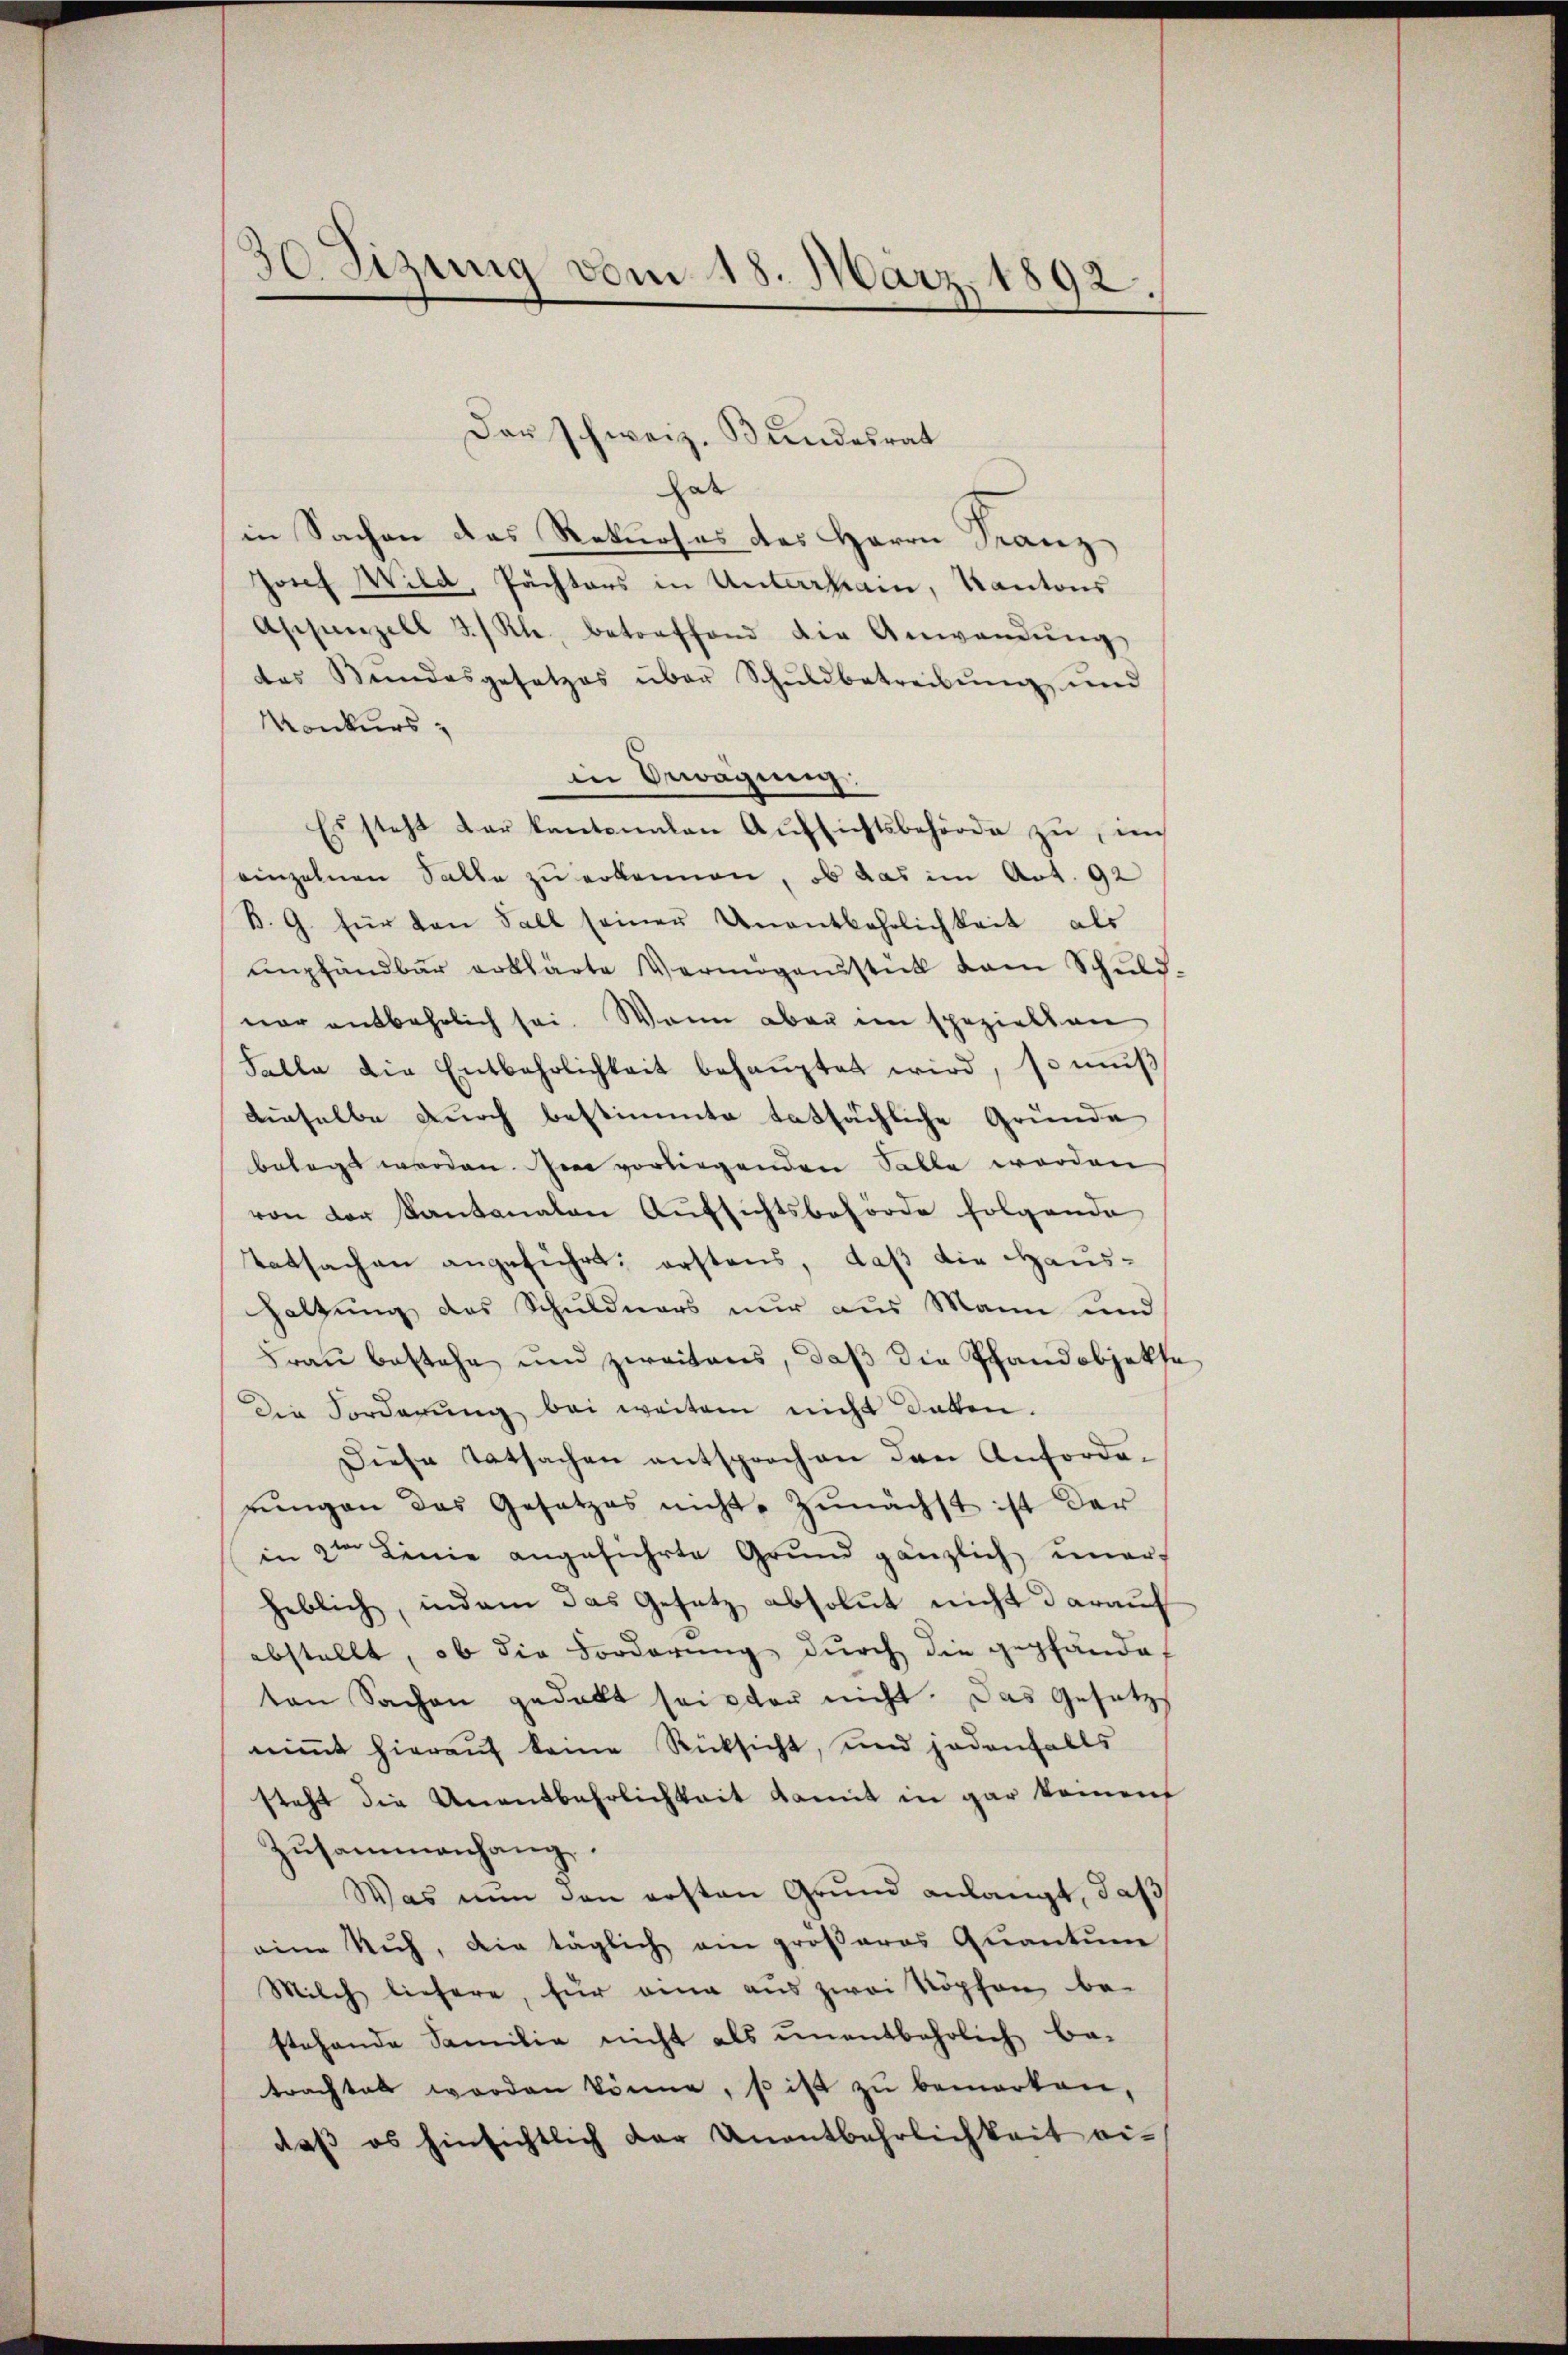
30. Sizung vom 18. März 1892.

Der schweiz. Bundesrat
hab
in Sachen das Rekurses des Herrn Franz
Josef Wild, Pachters in Unterhain, Kantons
Aschanzell 3/ Kl. betreffend die Anwendŭng
das Bundesgesetzes über Schuldbetreibŭng und
Konkurs
in Erwägung:
Es steht der kantonalen Aŭfsichtsbehörde zŭ, im
einzelnen Salle zu erkennen, ob das im Art. 92
B. G. für den Fall seiner Unentbehrlichkeit als
empfandbar erklärte Vermögensstück vom Schuld-
ner entbehrlich sei. Wann aber im speziellen
Falle die Entbehrlichkeit behaŭptet wird, so mŭβ
dieselbe durch bestimmte tatsächliche Gründe
belegt werden. Im vorliegenden Salle werden
von der Kantonalen Aufsichtsbehörde folgende
Tatsachen angeführt; erstens, daß die Haus¬
Haltung des Schuldners nur aus Mann und
Frau bestehe und zweitens, daß die Pfandobjekte
Die Forderŭng bei weiter nicht daben.
Diese Tatsachen entsprochen den Anforde-
rungen das Gesetzes nicht zunächst ist der
in 2ten Linie angeführte Grŭnd gänzlich uner-
heblich, indem das Gesetz absolut nicht darauf
abstellt, ob die Forderung durch die gepfändet
ten Sachen gedact sei oder nicht. Das Gesetz
niṁt hierauf keine Rücksicht, und jedenfalls
steht die Unentbehrlichkeit damit in gar keinen
Zusammenhang.
Was nun den ersten Grund anlangt, daß
eine Ruh, die täglich ein größeres Quantum
Milch liefere, für eine aus zwei Köpfen be-
stehende Familie nicht als unentbehrlich be-
trachtet worden könne, so ist zu bemerken,
daβ es hinsichtlich der Unentbehrlichkeit ei-